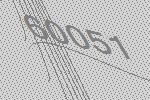
60051